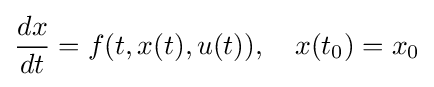
{\frac {dx}{dt}}=f(t,x(t),u(t)),\quad x(t_{0})=x_{0}